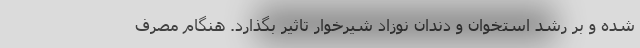
شده و بر رشد استخوان و دندان نوزاد شیرخوار تاثیر بگذارد. هنگام مصرف